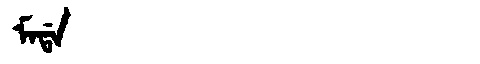
Manchu: ᠮᠠᡩᠠ
Romanization: MADA